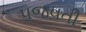
પજવતી